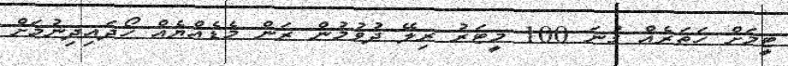
ޓީމަށް ހަތަރެއް ގުނަ 100 މީޓަރު ރިލޭ ދުވުމުން ރަން މެޑެއްޔެއް ހޯދައިދިނުމަށް